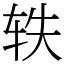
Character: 轶